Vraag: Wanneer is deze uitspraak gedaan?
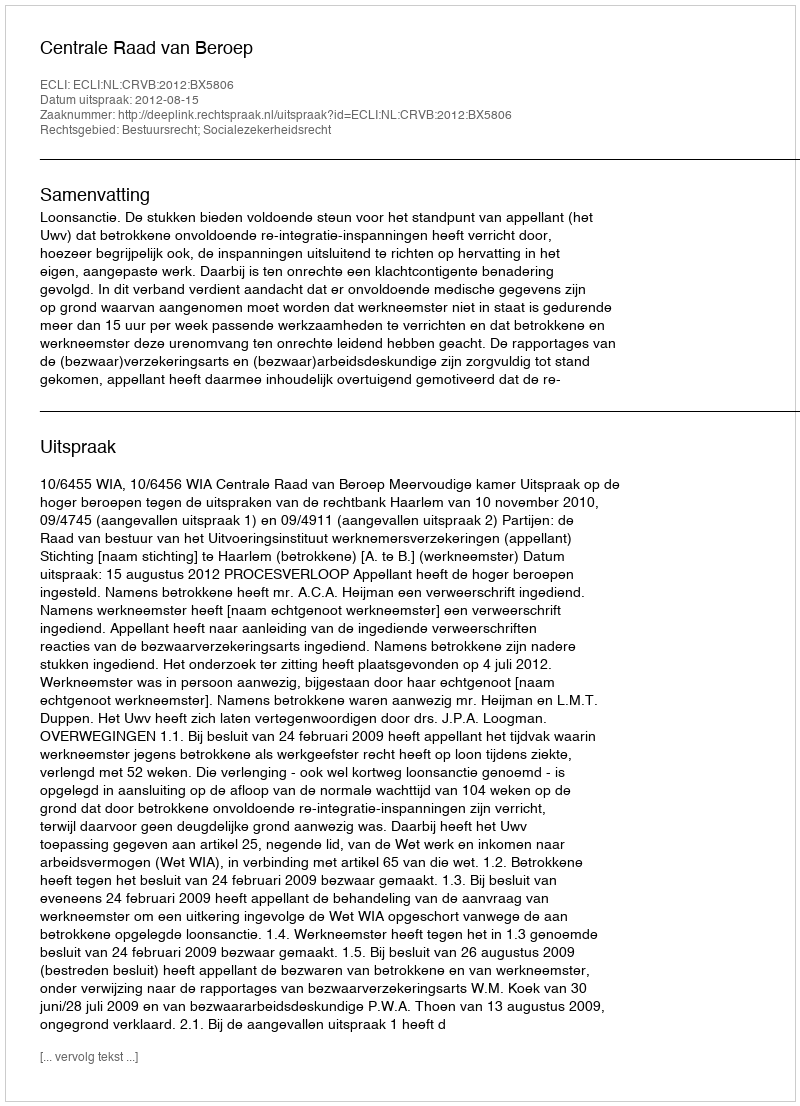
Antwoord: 2012-08-15